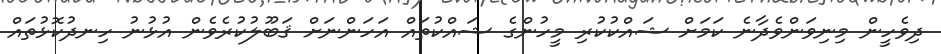
ދިވެހީން މިނިވަންވެދާނެ ކަމަށް ޝައްކުކުރި މީހުންގެ ޝައްކުތައް އަހަންނަށް ޤަބޫލުކުރެވެން އުޅުނު ހިނދުކޮޅުތައް